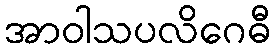
အာဝါသပလိဂေဓီ